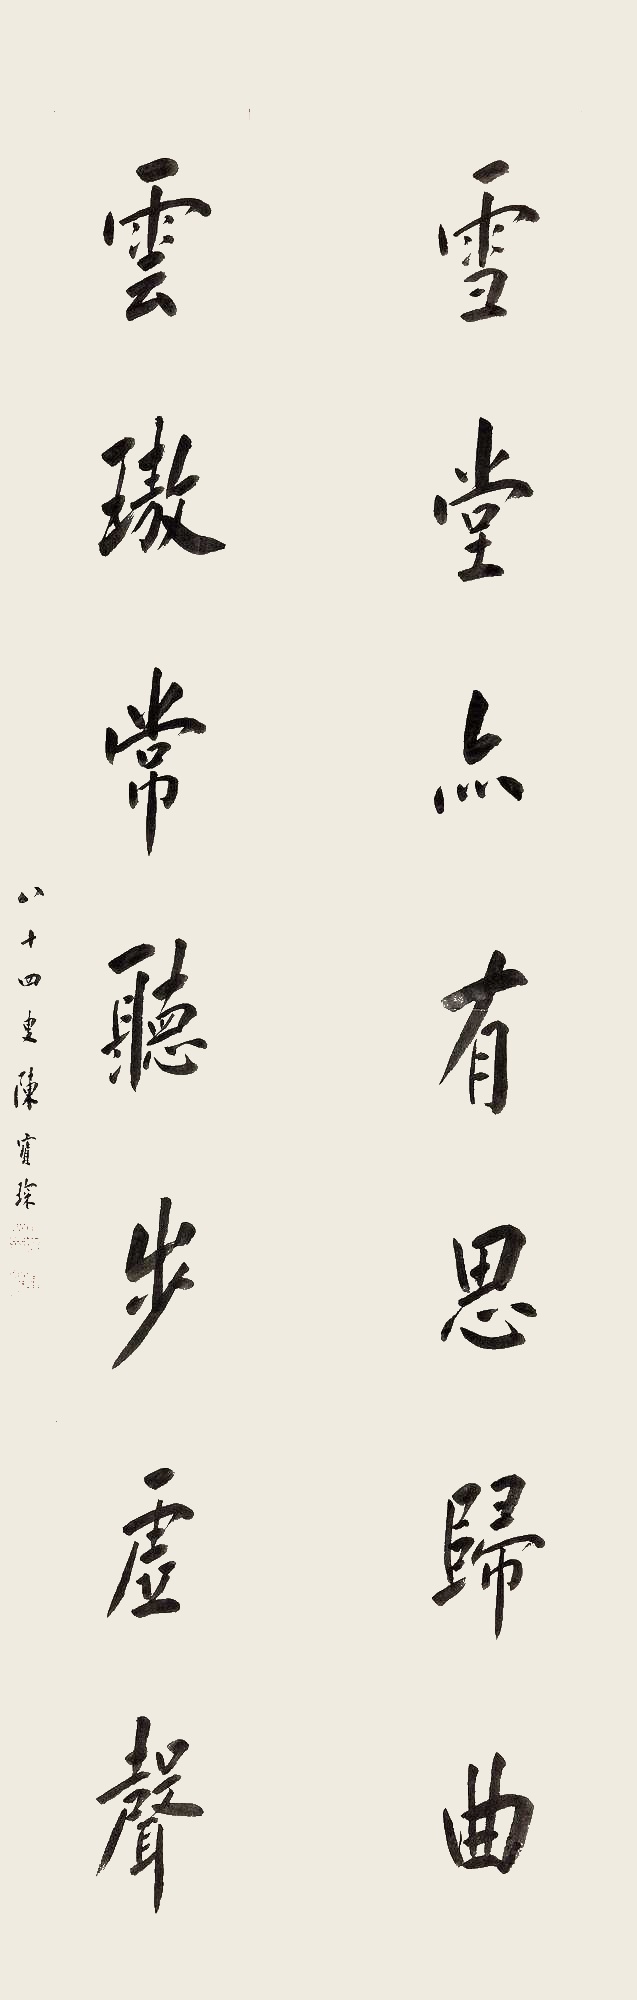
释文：雪堂亦有思归曲，云璈常听步虚声。八十四叟，陈宝琛。